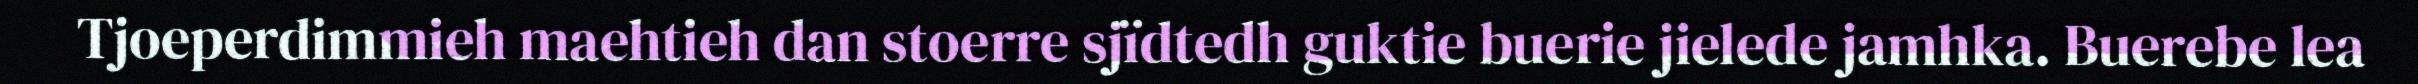
Tjoeperdimmieh maehtieh dan stoerre sjïdtedh guktie buerie jielede jamhka. Buerebe lea